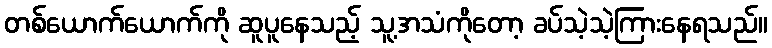
တစ်ယောက်ယောက်ကို ဆူပူနေသည့် သူ့အသံကိုတော့ ခပ်သဲ့သဲ့ကြားနေရသည်။